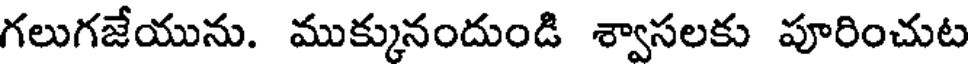
గలుగజేయును. ముక్కునందుండి శ్వాసలకు పూరించుట